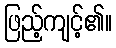
ဖြည့်ကျင့်၏။